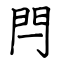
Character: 閂